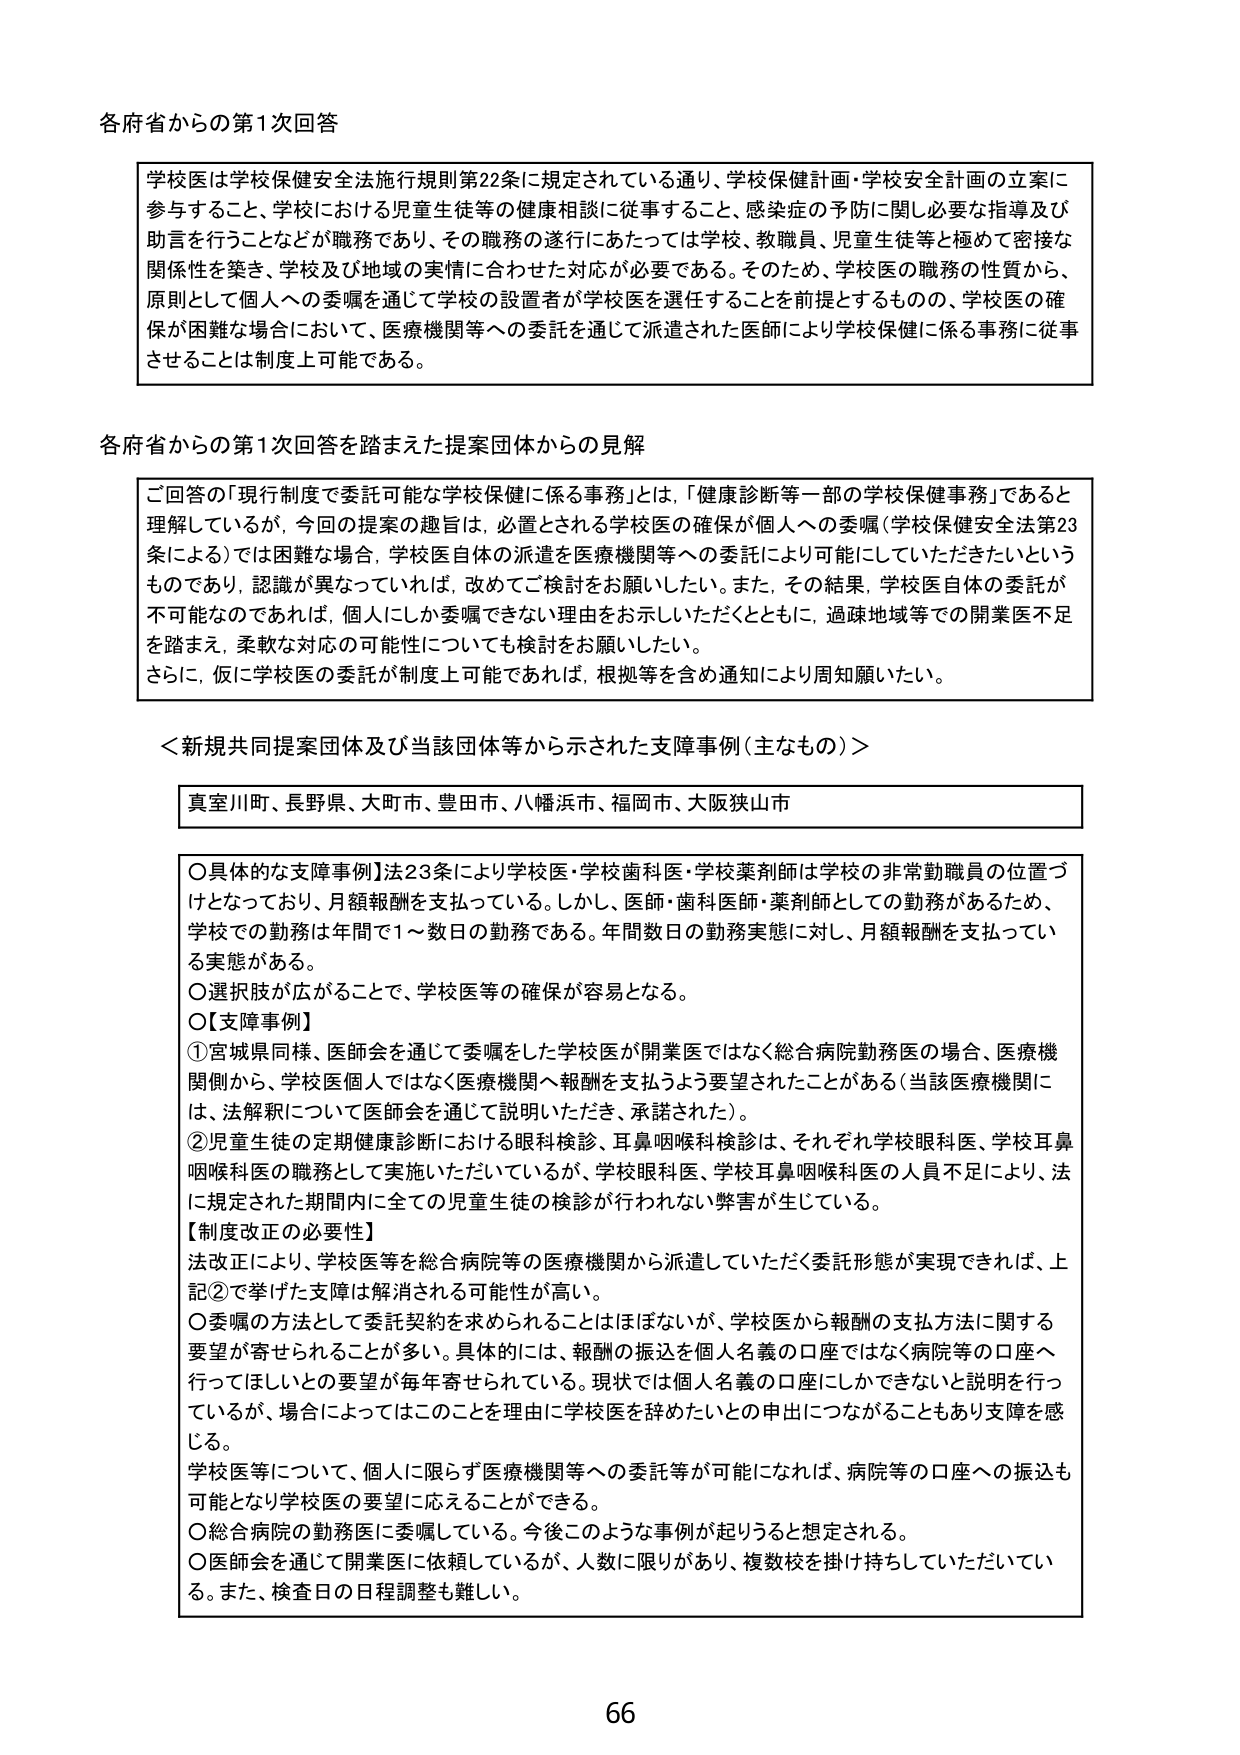
各府省からの第1次回答

学校医は学校保健安全法施行規則第22条に規定されている通り、学校保健計画・学校安全計画の立案に
参与すること、学校における児童生徒等の健康相談に従事すること、感染症の予防に関し必要な指導及び
助言を行うことなどが職務であり、その職務の遂行にあたっては学校、教職員、児童生徒等と極めて密接な
関係性を築き、学校及び地域の実情に合わせた対応が必要である。そのため、学校医の職務の性質から、
原則として個人への委嘱を通じて学校の設置者が学校医を選任することを前提とするものの、学校医の確
保が困難な場合において、医療機関等への委託を通じて派遣された医師により学校保健に係る事務に従事
させることは制度上可能である。

各府省からの第1次回答を踏まえた提案団体からの見解

ご回答の「現行制度で委託可能な学校保健に係る事務」とは、「健康診断等一部の学校保健事務」であると
理解しているが、今回の提案の趣旨は、必置とされる学校医の確保が個人への委嘱（学校保健安全法第23
条による）では困難な場合、学校医自体の派遣を医療機関等への委託により可能にしていただきたいという
ものであり、認識が異なっていれば、改めてご検討をお願いしたい。また、その結果、学校医自体の委託が
不可能なのであれば、個人にしか委嘱できない理由をお示しいただくとともに、過疎地域等での開業医不足
を踏まえ、柔軟な対応の可能性についても検討をお願いしたい。
さらに、仮に学校医の委託が制度上可能であれば、根拠等を含む通知により周知願いたい。

＜新規共同提案団体及び当該団体等から示された支障事例（主なもの）＞

真室川町、長野県、大町市、豊田市、八幡浜市、福岡市、大阪狭山市

○具体的な支障事例】法23条により学校医・学校歯科医・学校薬剤師は学校の非常勤職員の位置づ
けとなっており、月額報酬を支払っている。しかし、医師・歯科医師・薬剤師としての勤務があるため、
学校での勤務は年間で1～数日の勤務である。年間数日の勤務実態に対し、月額報酬を支払ってい
る実態がある。
○選択肢が広がることで、学校医等の確保が容易となる。
○【支障事例】
①宮城県同様、医師会を通じて委嘱した学校医が開業医ではなく総合病院勤務医の場合、医療機
関側から、学校医個人ではなく医療機関へ報酬を支払うよう要望されたことがある（当該医療機関に
は、法解釈について医師会を通じて説明いただき、承諾された）。
②児童生徒の定期健康診断における眼科検診、耳鼻咽喉科検診は、それぞれ学校眼科医、学校耳鼻
咽喉科医の職務として実施いただいているが、学校眼科医、学校耳鼻咽喉科医の人員不足により、法
に規定された期間内に全ての児童生徒の検診が行われない弊害が生じている。
【制度改正の必要性】
法改正により、学校医等を総合病院等の医療機関から派遣していただく委託形態が実現できれば、上
記②で挙げた支障は解消される可能性が高い。
○委嘱の方法として委託契約を求められることはほぼないが、学校医から報酬の支払方法に関する
要望が寄せられることが多い。具体的には、報酬の振込を個人名義の口座ではなく病院等の口座へ
行ってほしいとの要望が毎年寄せられている。現状では個人名義の口座にしかできないと説明を行っ
ているが、場合によってはこのことを理由に学校医を辞めたいとの申出につながることもあり支障を感
じる。
学校医等について、個人に限らず医療機関等への委託等が可能になれば、病院等の口座への振込も
可能となり学校医の要望に応えることができる。
○総合病院の勤務医に委嘱している。今後このような事例が起りうると想定される。
○医師会を通じて開業医に依頼しているが、人数に限りがあり、複数校を掛け持ちしていただいてい
る。また、検査日の日程調整も難しい。

66